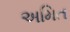
અમિત